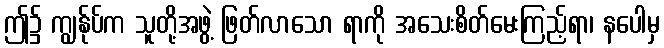
ဤ၌ ကျွန်ုပ်က သူတို့အဖွဲ့ ဖြတ်လာသော ရာကို အသေးစိတ်မေးကြည့်ရာ၊ နပေါမှ